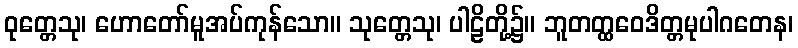
ဝုတ္တေသု၊ ဟောတော်မူအပ်ကုန်သော။ သုတ္တေသု၊ ပါဠိတို့၌။ ဘူတတ္ထဝေဒိတ္တမုပါဂတေန၊